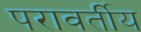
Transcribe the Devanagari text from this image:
परावर्तीय